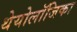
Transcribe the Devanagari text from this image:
थेयोलॉजिका